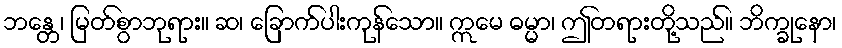
ဘန္တေ၊ မြတ်စွာဘုရား။ ဆ၊ ခြောက်ပါးကုန်သော။ ဣမေ ဓမ္မာ၊ ဤတရားတို့သည်။ ဘိက္ခုနော၊